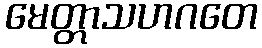
မေတ္တာသဟဂတေ